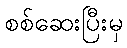
စစ်ဆေးပြီးမှ